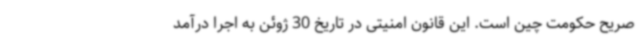
صریح حکومت چین است. این قانون امنیتی در تاریخ 30 ژوئن به اجرا درآمد